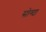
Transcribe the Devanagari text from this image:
सोग्दा